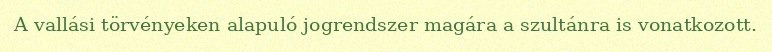
A vallási törvényeken alapuló jogrendszer magára a szultánra is vonatkozott.